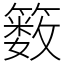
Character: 䉤